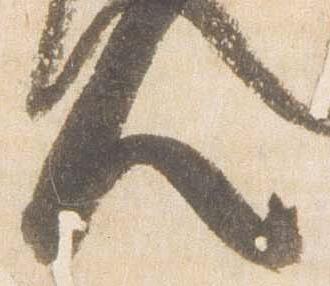
人